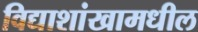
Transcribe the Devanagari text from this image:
विद्याशांखामधील